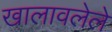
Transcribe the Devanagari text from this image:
खालावलेले